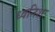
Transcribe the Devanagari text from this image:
ध्वनिशः